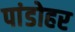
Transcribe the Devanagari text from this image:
पांडोहर